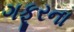
ગફૂરના